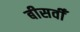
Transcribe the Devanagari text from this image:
बीसवीँ